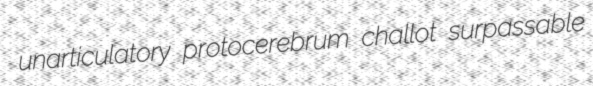
unarticulatory protocerebrum challot surpassable